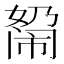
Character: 𰌓